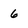
Character: 6